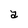
Character: a